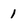
Character: 1